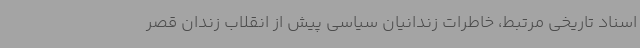
اسناد تاریخی مرتبط، خاطرات زندانیان سیاسی پیش از انقلاب زندان قصر